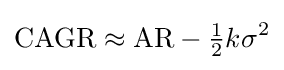
\mathrm {CAGR} \approx \mathrm {AR} -{\tfrac {1}{2}}k\sigma ^{2}